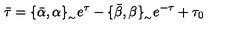
\bar { \tau } = \{ \bar { \alpha } , \alpha \} _ { _ { \sim } } e ^ { \tau } - \{ \bar { \beta } , \beta \} _ { _ { \sim } } e ^ { - \tau } + \tau _ { 0 }